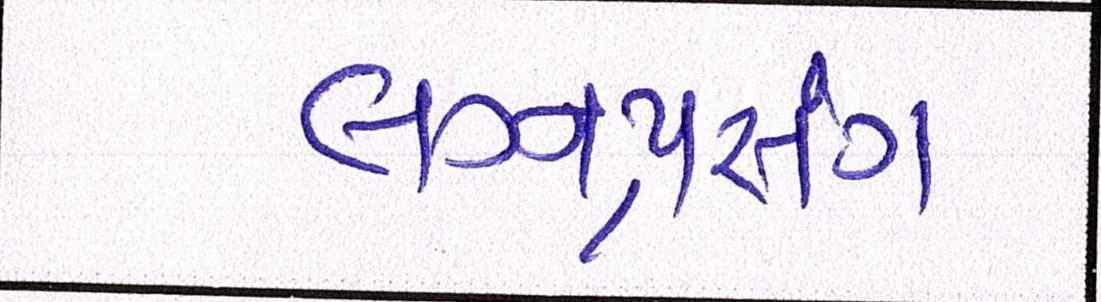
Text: લગ્નપ્રસંગ